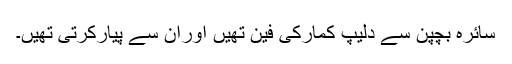
سائرہ بچپن سے دلیپ کمارکی فین تھیں اوران سے پیارکرتی تھیں۔